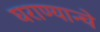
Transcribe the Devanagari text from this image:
घराण्यान्चे